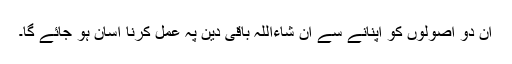
ان دو اصولوں کو اپنانے سے ان شاءاللہ باقی دین پہ عمل کرنا آسان ہو جائے گا۔